Civil Veterinary Department Bihar reports 1936-40 - 1936-1940
Year: 1936
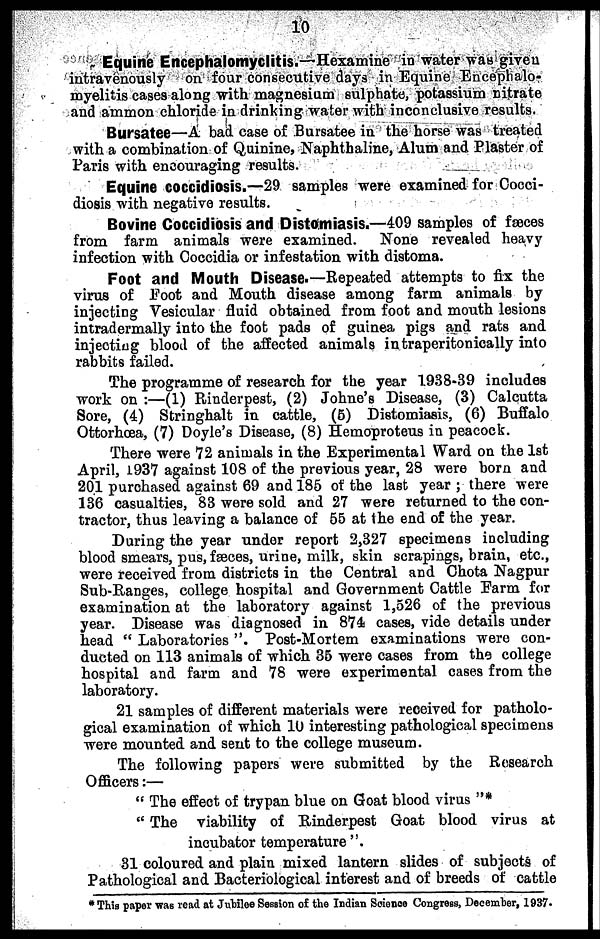
10
Equine Encephalomyelitis.—Hexamine in water was given
intravenously on four consecutive days in Equine Encephalo-
myelitis cases along with magnesium sulphate, potassium nitrate
and ammon chloride in drinking water with inconclusive results.
Bursatee—A bad case of .Bursatee in the horse was treated
with a combination of Quinine, Naphthaline, Alum and Plaster of
Paris with encouraging results.
Equine coccidiosis.—29 samples were examined for Cocci-
diosis with negative results.
Bovine Coccidiosis and Distomiasis.—409 samples of faeces
from farm animals were examined. None revealed heavy
infection with Coccidia or infestation with distoma.
Foot and Mouth Disease.—Repeated attempts to fix the
virus of Foot and Mouth disease among farm animals by
injecting Vesicular fluid obtained from foot and mouth lesions
intradermally into the foot pads of guinea pigs and rats and
injecting blood of the affected animals intraperitonically into
rabbits failed.
The programme of research for the year 1938-39 includes
work on:—(1) Rinderpest, (2) Johne's Disease, (3) Calcutta
Sore, (4) Stringhalt in cattle, (5) Distomiasis, (6) Buffalo
Ottorhcea, (7) Doyle's Disease, (8) Hemoproteus in peacock.
There were 72 animals in the Experimental Ward on the 1st
April, 1937 against 108 of the previous year, 28 were born and
201 purchased against 69 and 185 of the last year; there were
136 casualties, 83 were sold and 27 were returned to the con-
tractor, thus leaving a balance of 55 at the end of the year.
During the year under report 2,327 specimens including
blood smears, pus, fæces, urine, milk, skin scrapings, brain, etc.,
were received from districts in the Central and Chota Nagpur
Sub-Ranges, college hospital and Government Cattle Farm for
examination at the laboratory against 1,526 of the previous
year. Disease was diagnosed in 874 cases, vide details under
head "Laboratories". Post-Mortem examinations were con-
ducted on 113 animals of which 35 were cases from the college
hospital and farm and 78 were experimental cases from the
laboratory.
21 samples of different materials were received for patholo-
gical examination of which 10 interesting pathological specimens
were mounted and sent to the college museum.
The following papers were submitted by the Research
Officers:—
"The effect of trypan blue on Goat blood virus"*
"The viability of Rinderpest Goat blood virus at
incubator temperature".
31 coloured and plain mixed lantern slides of subjects of
Pathological and Bacteriological interest and of breeds of cattle
*This paper was read at Jubilee Session of the Indian Science Congress, December, 1937.